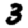
Digit: 3